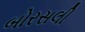
બોરસલી